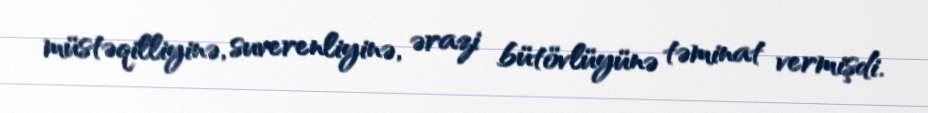
müstəqilliyinə, suverenliyinə, ərazi bütövlüyünə təminat vermişdi.